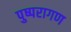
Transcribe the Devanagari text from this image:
पुष्परागण